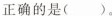
正确的是( )。